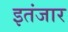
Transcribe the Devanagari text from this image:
इतंजार